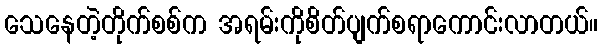
သေနေတဲ့တိုက်စစ်က အရမ်းကိုစိတ်ပျက်စရာကောင်းလာတယ်။